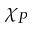
\chi _ { P }